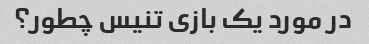
در مورد یک بازی تنیس چطور؟